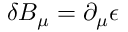
\delta B _ { \mu } = \partial _ { \mu } \epsilon